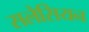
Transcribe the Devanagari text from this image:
सलेसियन